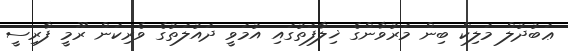
ޢަބުދުލް މަލިކް ބިން މަރުވާންގެ ޚިލާފަތުގައި އުމަވީ ދައުލަތުގެ ވެރިކަން ރޫމީ ފާރިސީ